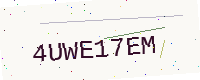
Text: 4UWE17EM